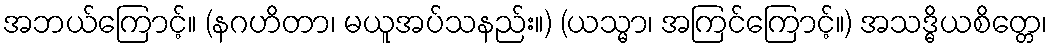
အဘယ်ကြောင့်။ (နဂဟိတာ၊ မယူအပ်သနည်း။) (ယသ္မာ၊ အကြင်ကြောင့်။) အသဒ္ဓိယစိတ္တေ၊